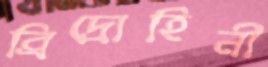
ব্রিদ্রোহিনী